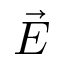
\vec { E }